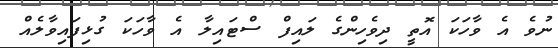
ނުވެ އެ ވާހަކަ އޮތީ ދިވެހިންގެ ލައިފް ސްޓައިލާ އެ ވާހަކަ ގުޅިފައިވާލެއް